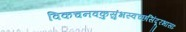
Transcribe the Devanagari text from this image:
विकचनवकुसुंभस्वच्छसिंदूरभासाः